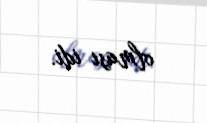
olması idi.